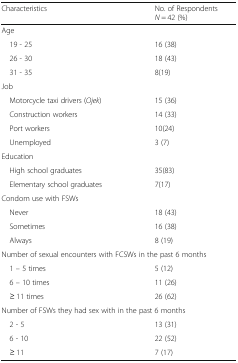
| Characteristics | No. of RespondentsN = 42 (%) |
 | --- | --- |
 | <COLSPAN=2> Age |
 | 19 - 25 | 16 (38) |
 | 26 - 30 | 18 (43) |
 | 31 - 35 | 8(19) |
 | <COLSPAN=2> Job |
 | Motorcycle taxi drivers (Ojek) | 15 (36) |
 | Construction workers | 14 (33) |
 | Port workers | 10(24) |
 | Unemployed | 3 (7) |
 | <COLSPAN=2> Education |
 | High school graduates | 35(83) |
 | Elementary school graduates | 7(17) |
 | <COLSPAN=2> Condom use with FSWs |
 | Never | 18 (43) |
 | Sometimes | 16 (38) |
 | Always | 8 (19) |
 | <COLSPAN=2> Number of sexual encounters with FCSWs in the past 6 months |
 | 1 – 5 times | 5 (12) |
 | 6 – 10 times | 11 (26) |
 | ≥ 11 times | 26 (62) |
 | <COLSPAN=2> Number of FSWs they had sex with in the past 6 months |
 | 2 - 5 | 13 (31) |
 | 6 - 10 | 22 (52) |
 | ≥ 11 | 7 (17) |